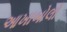
આખાબોલો